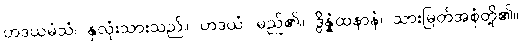
ဟဒယမံသံ၊ နှလုံးသားသည်။ ဟဒယံ၊ မည်၏။ ဒွိန္နံထနာနံ၊ သားမြတ်အစုံတို့၏။